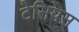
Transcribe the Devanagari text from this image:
टेसियस